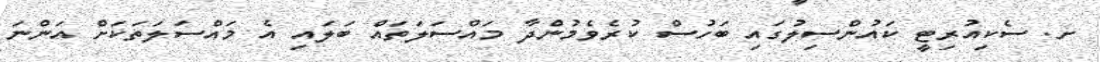
ށ. ސެކިއުރިޓީ ކައުންސިލުގައި ބަހުސް ކުރެވެމުންދާ މައްސަލަތައް ބަލައި އެ މައްސަލަތަކަށް އަންނަ